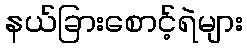
နယ်ခြားစောင့်ရဲများ